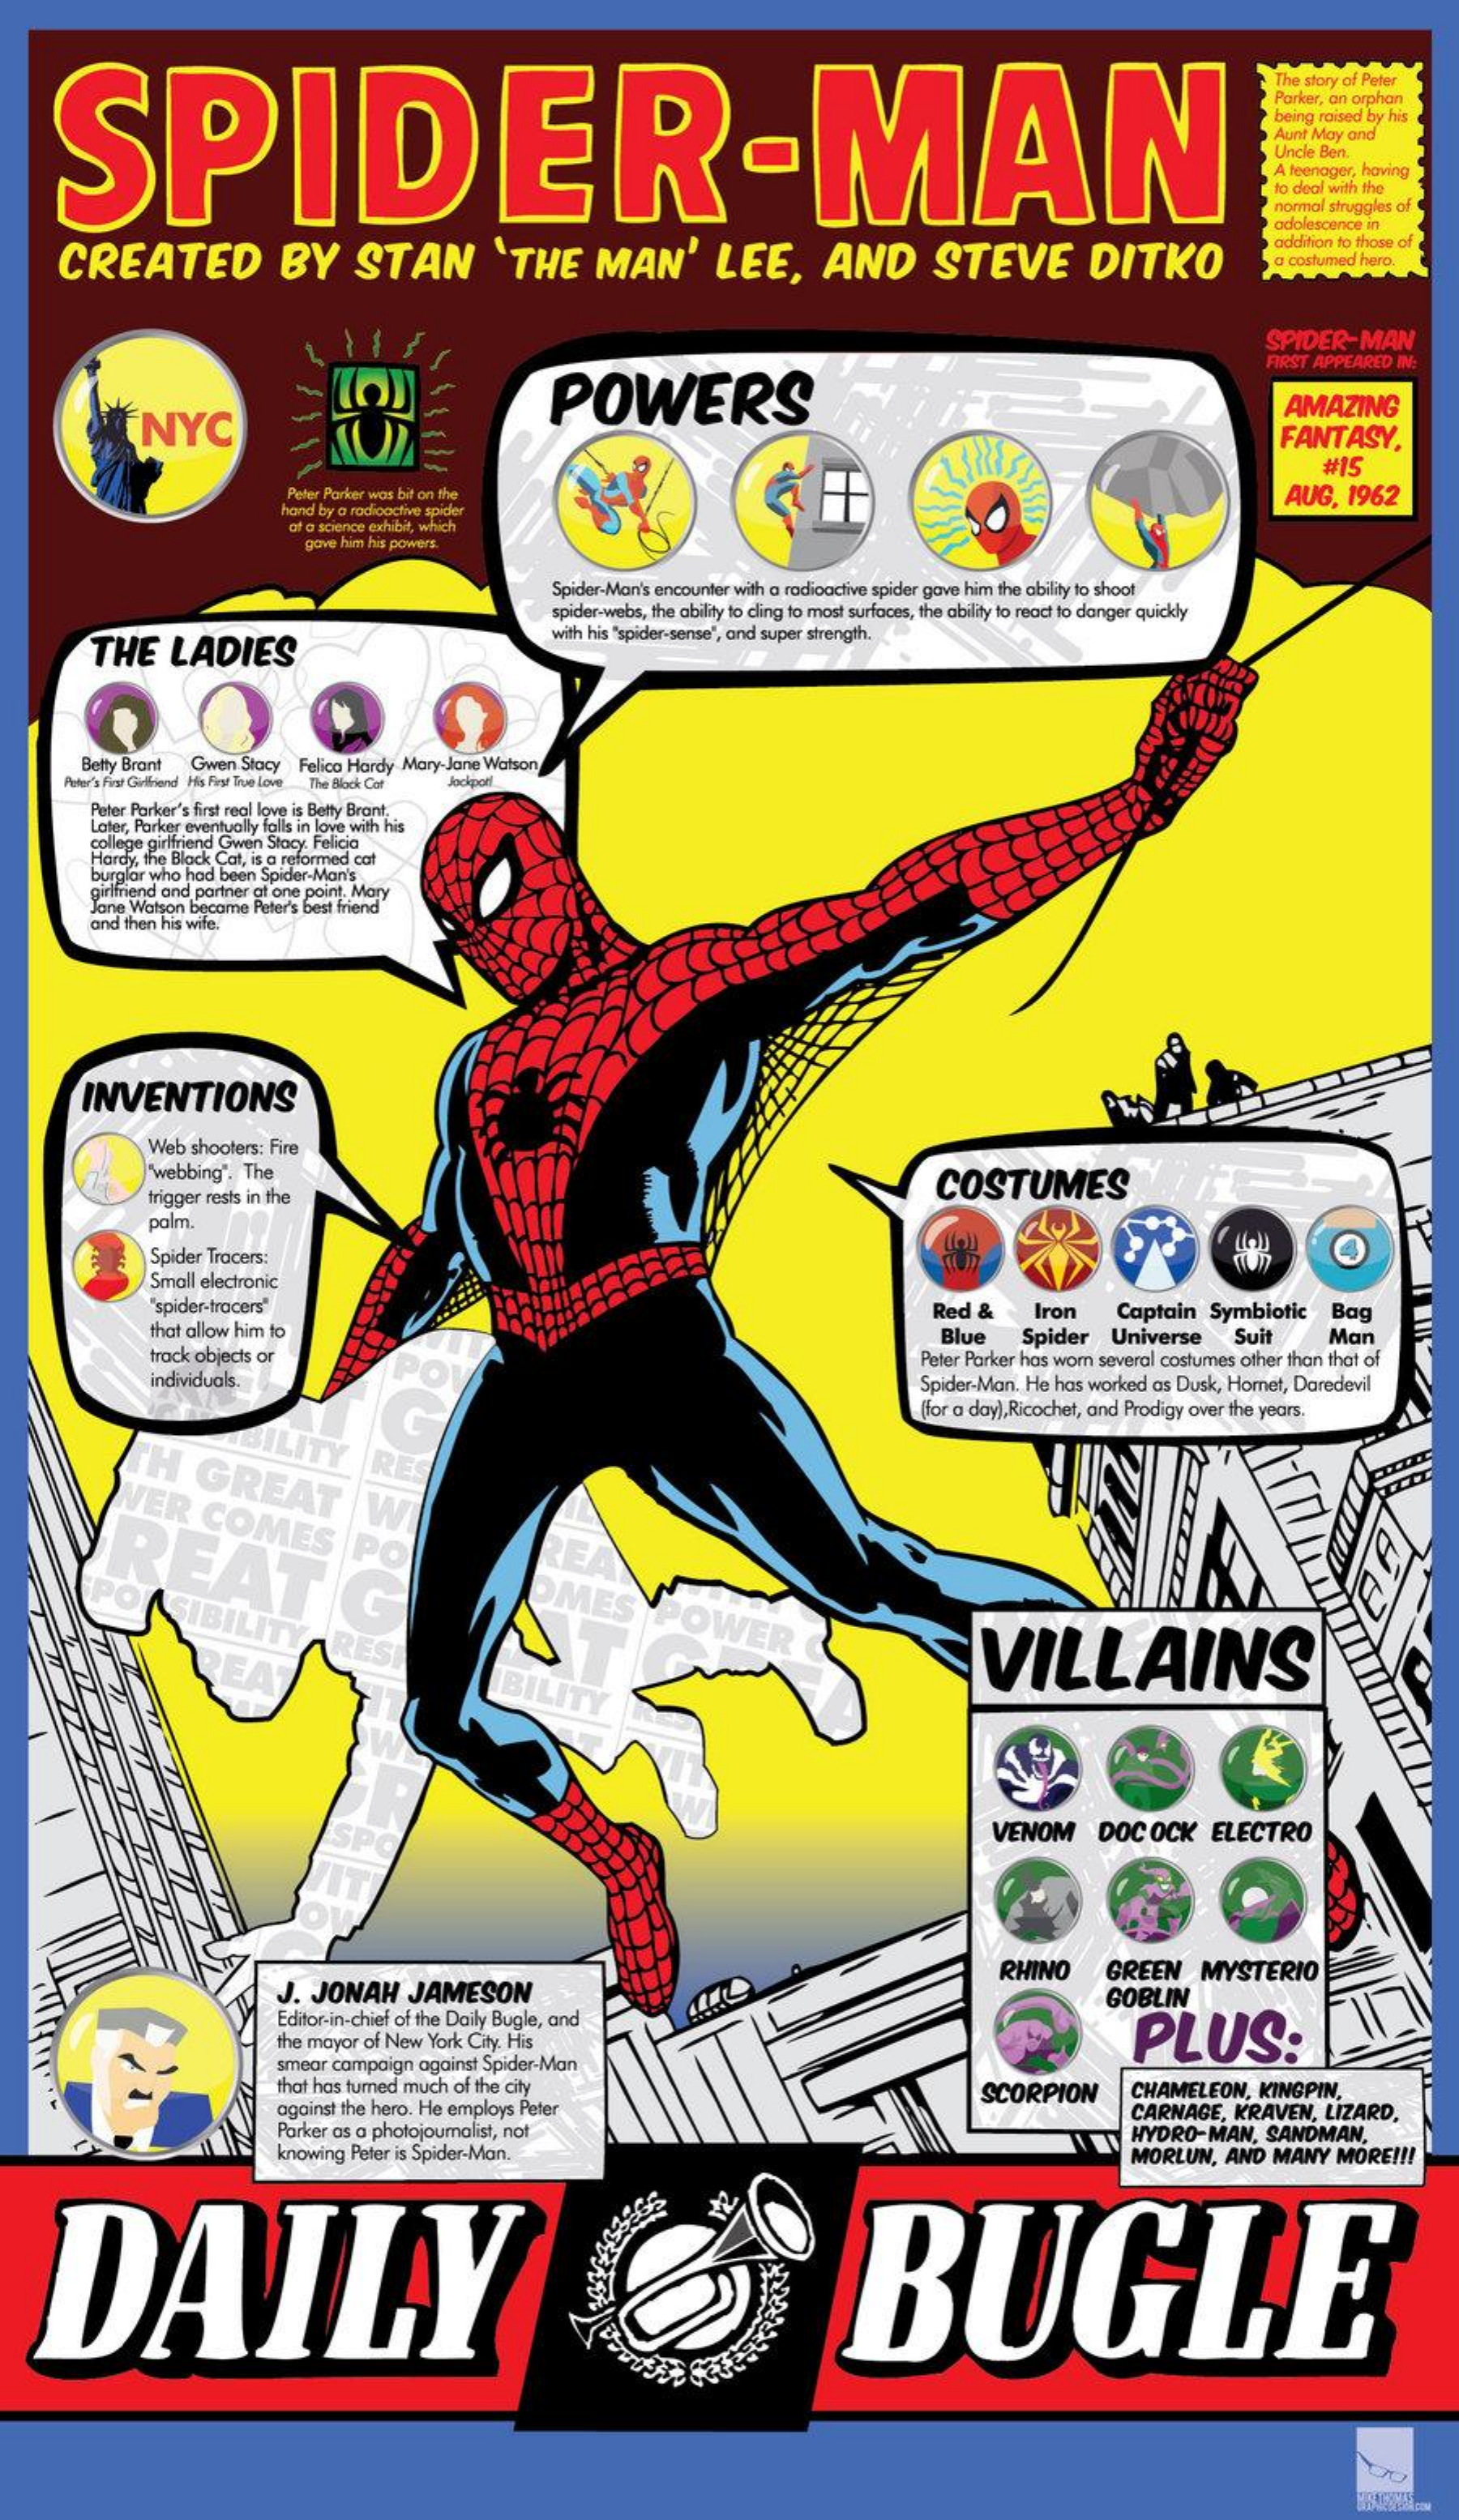
SPIDER-MAN
     The story of Peter
     Parker, an orphan
     being raised by his
     Aunt May and
     Uncle Ben.
     A teenager, having
     to deal with the
     normal struggles of
     adolescence in
     CREATED    BY    STAN    'THE    MAN'    LEE,    AND    STEVE    DITKO
     addition to those of
     a costumed hero.
     SPIDER-MAN
     POWERS
     FIRST APPEARED IN:
     NYC
     AMAZING
     FANTASY,
     Peter Parker was bit on the
     #15
     AUG,   1962
     hand by a radioactive spider
     af a science exhibit, which
     gave him his powers.
     Spider-Man's encounter with a radioactive spider gave him the ability to shoot
     spider-webs, the ability to cling to most surfaces, the ability to react to danger quickly
     THE    LADIES
     with his "spider-sense", and super strength.
     Betty Bront  Gwen Stacy  Felica Hardy Mary-Jane Watson
     Peter's First Girlfriend His First True Love The Block Cat Jockpoti
     Peter Parker's first real love is Betty Brant,
     Later, Parker eventually falls in love with his
     college girlfriend Gwen Stacy. Felicia
     Hardy, the Black Cat, is a reformed cat
     burglar who had been Spider-Man's
     girlfriend and partner at one point, Mary
     Jane Watson become Peter's best fri
     and then his wife.
     INVENTIONS
     Web  shooters: Fire
     webbing".  The
     COSTUMES
     trigger rests in the
     palm
     Spider Tracers:
     Small electronic
     'spider-tracers"
     that allow him to
     Red   &    Iron    Captain    Symbiotic    Bag
     track objects or    Peter Parker has worn several costumes other than that of
     Blue    Spider    Universe    Suit    Man
     individuals.    PO    Spider-Man. He has worked  as Dusk, Hornet, Daredevil
     (for a day), Ricochet, and Prodigy over the years.
     TH    GREAT VER COMES
     RE
     REAT    PO    REA
     SIBILITY
     C    OMES
     POWER
     REA    RES    VILLAINS
     İBI
     SP    VENOM    DOCOCK    ELECTRO
     J.  JONAH    JAMESON
     RHINO    GREEN    MYSTERIO
     Editor-in-chief of the Daily Bugle, and
     GOBLIN
     PLUS: the mayor of New York City. His
     smear campaign  against Spider-Man
     that has turned much of the city
     against the hero. He employs Peter
     SCORPION    CHAMELEON,    KINGPIN,
     Parker as a photojournalist, not
     CARNAGE,    KRAVEN,   LIZARD,
     knowing Peter is Spider-Man.
     HYDRO-MAN,    SANDMAN,
     MORLUN,   AND   MANY   MORE   !!!
    DAILY    BUGLE